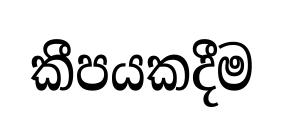
කීපයකදීම